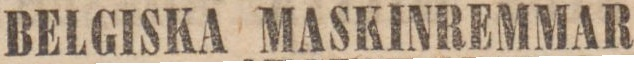
BELGISKA MASKINREMMAR